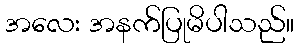
အလေး အနက်ပြုမိပါသည်။